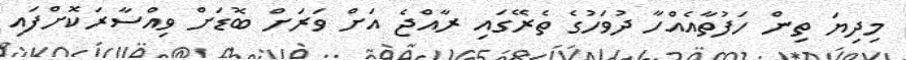
މިދިޔަ ތިން ހަފުތާއެއްހާ ދުވަހުގެ ތެރޭގައި ރާއްޖެ އަށް ވަރަށް ބޮޑަށް ވިއްސާރަކޮށްފައި